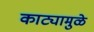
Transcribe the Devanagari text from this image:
काट्यामुळे